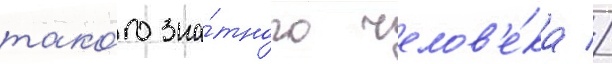
тако́го зна́тного челов'е́ка //